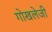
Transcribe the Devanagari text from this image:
गोखलेजी